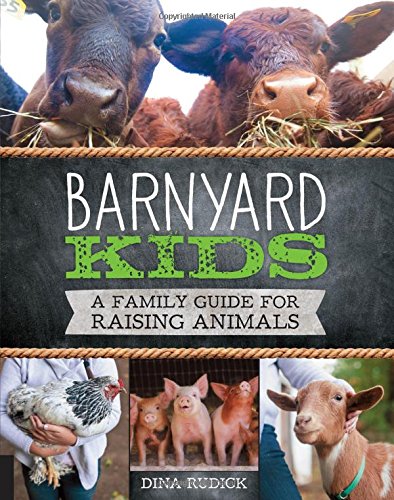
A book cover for Barnyard Kids: A Family Guide for Raising Animals; Dina Rudick; Parenting & Relationships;